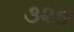
૩૨૪